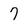
Character: 7